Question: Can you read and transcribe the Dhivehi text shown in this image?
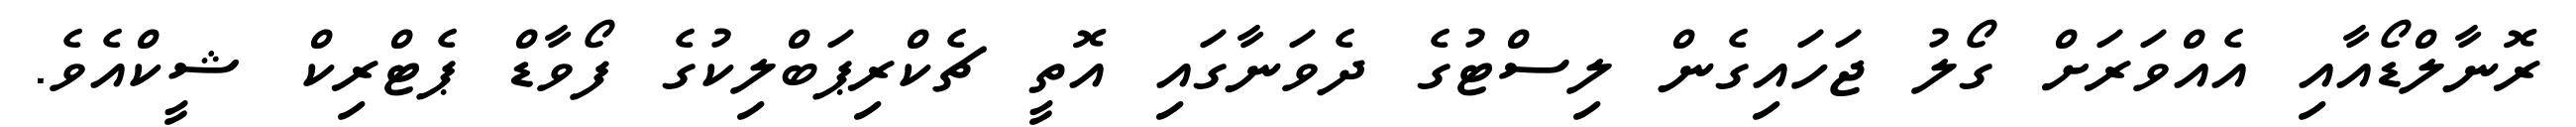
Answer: ރޮނާލްޑޯއާއި އެއްވަރަށް ގޯލު ޖަހައިގެން ލިސްޓުގެ ދެވަނާގައި އޮތީ ޗެކްރިޕަބްލިކުގެ ފޯވާޑް ޕެޓްރިކް ޝީކްއެވެ.